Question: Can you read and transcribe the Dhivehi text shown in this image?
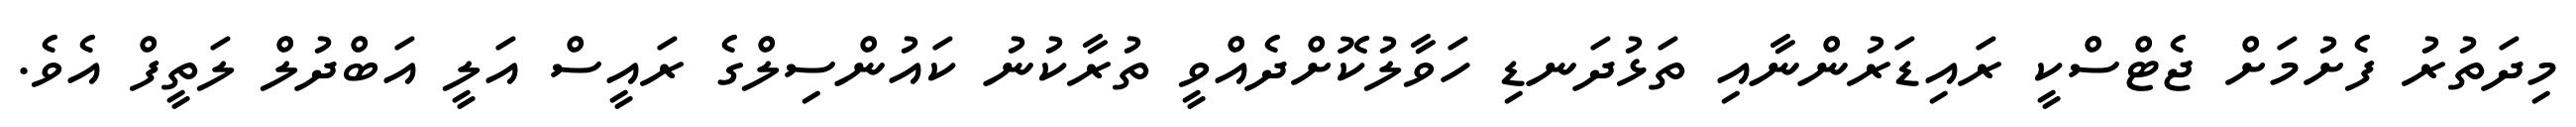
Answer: މިދަތުރު ފެށުމަށް ޖެޓްސްކީ ރައިޑަރުންނާއި ތަޅުދަނޑި ހަވާލުކޮށްދެއްވީ ތުރާކުނު ކައުންސިލްގެ ރައީސް އަލީ އަބްދުލް ލަތީފް އެވެ.